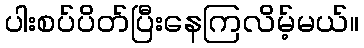
ပါးစပ်ပိတ်ပြီးနေကြလိမ့်မယ်။